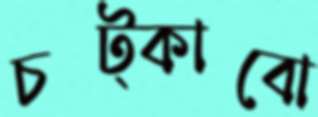
চট্‌কাবো